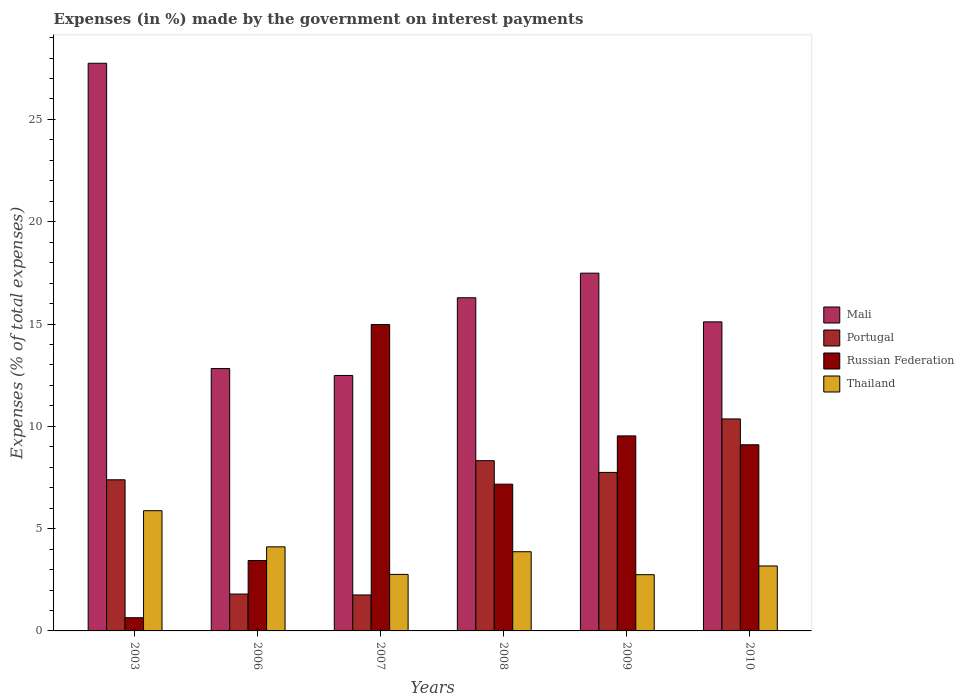
| Years | Mali | Portugal | Russian Federation | Thailand |
 | --- | --- | --- | --- | --- |
 | 2003 | 27.7 | 7.39 | 0.645 | 5.88 |
 | 2006 | 12.8 | 1.8 | 3.44 | 4.11 |
 | 2007 | 12.5 | 1.76 | 15 | 2.76 |
 | 2008 | 16.3 | 8.32 | 7.17 | 3.87 |
 | 2009 | 17.5 | 7.75 | 9.53 | 2.75 |
 | 2010 | 15.1 | 10.4 | 9.1 | 3.18 |